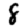
Digit: 8